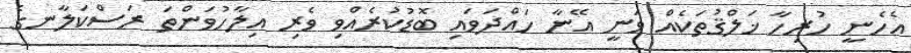
އެހެނީ ހުރިހާ ޚަލްޤުތަކެއް ވަނީ އޭނާ ހައްދަވައި ބޮޑުކުރެއްވި ވެރި އިލާހުވަންތަ ރަސްކަލާނގެ